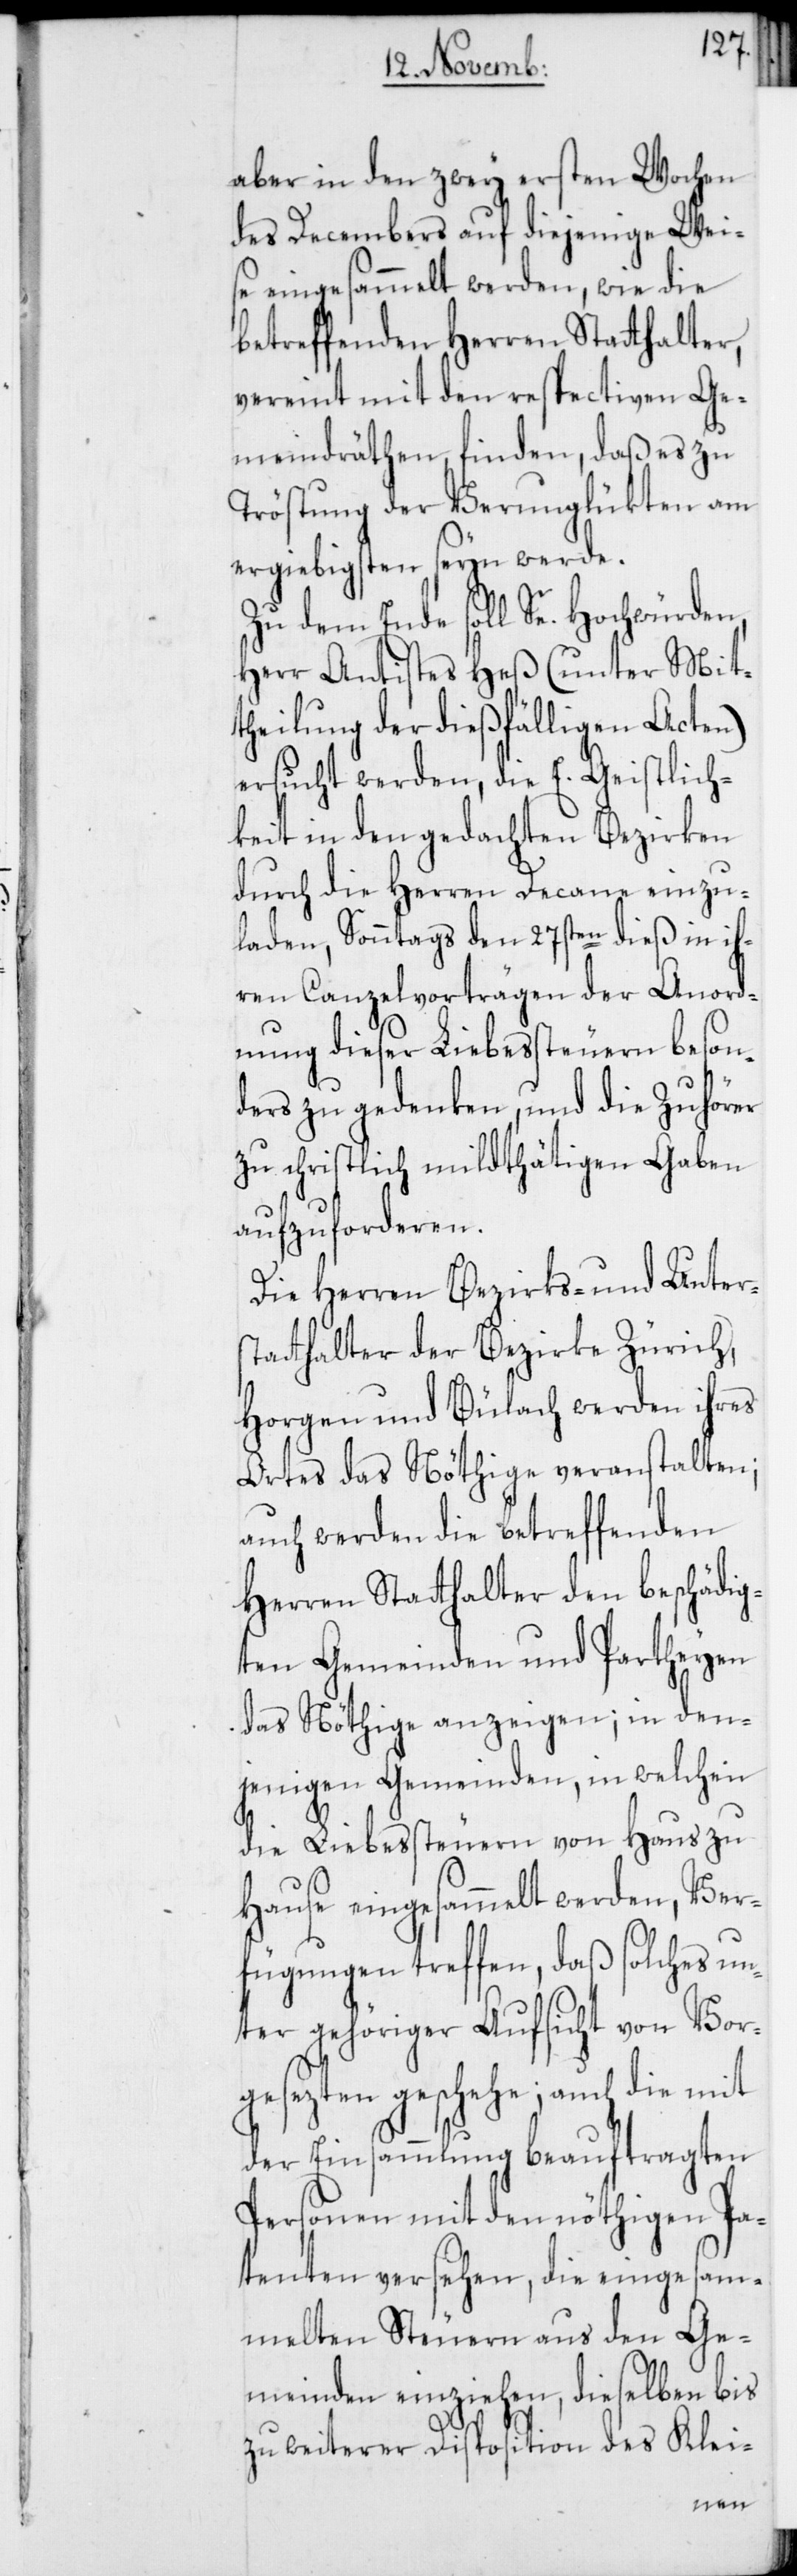
aber in den zwey ersten Wochen
des Decembers auf diejenige Wei¬
se eingesammelt werden, wie die
betreffenden Herren Stadthalter,
vereint mit den respectiven Ge¬
meindräthen finden, daß es zu
Tröstung der Verunglükten am
ergiebigsten seyn werde.
Zu dem Ende soll Se. Hochwürden,
Herr Antistes Heß (unter Mit¬
theilung der dießfälligen Acten)
ersucht werden, die E. Geistlich¬
keit in den gedachten Bezirken
durch die Herren Decane einzu¬
laden, Sonntags den 27sten dieß in ih¬
ren Canzelvorträgen der Anord¬
nung dieser Liebessteuern beson¬
ders zu gedenken, und die Zuhörer
zu christlich mildthätigen Gaben
aufzuforderen.
Die Herren Bezirks- und Unters¬
tatthalter der Bezirke Zürich,
Horgen und Bülach werden ihres
Ortes das Nöthige veranstalten;
auch werden die betreffenden
Herren Statthalter den beschädig¬
ten Gemeinden und Partheyen
das Nöthige anzeigen; in den¬
jenigen Gemeinden, in welchen
die Liebessteuern von Haus zu
Hause eingesammelt werden, Ver¬
fügungen treffen, daß solches un¬
ter gehöriger Aufsicht von Vor¬
gesezten geschehe; auch die mit
der Einsammlung beauftragten
Personen mit den nöthigen Pa¬
tenten versehen, die eingesam¬
melten Steuern aus den Ge¬
meinden einziehen, dieselben bis
zu weiterer Disposition des Klei-